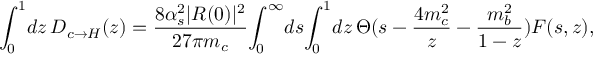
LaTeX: \int _ { 0 } ^ { 1 } \! d z \, D _ { c \rightarrow H } ( z ) = \frac { 8 \alpha _ { s } ^ { 2 } | R ( 0 ) | ^ { 2 } } { 2 7 \pi m _ { c } } \! \int _ { 0 } ^ { \infty } \! d s \! \int _ { 0 } ^ { 1 } \! d z \, \Theta ( s - \frac { 4 m _ { c } ^ { 2 } } { z } - \frac { m _ { b } ^ { 2 } } { 1 - z } ) F ( s , z ) ,